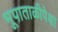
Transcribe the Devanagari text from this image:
भूपाताळीपेक्षा